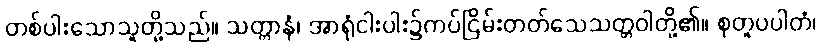
တစ်ပါးသောသူတို့သည်။ သတ္တာနံ၊ အာရုံငါးပါး၌ကပ်ငြိမ်းတတ်သေသတ္တဝါတို့၏။ စုတူပပါတံ၊